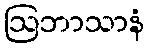
ဩဘာသာနံ